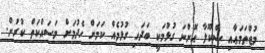
މުޖްތަމަޢާއި ސްކޫލާ އޮންނަ ގުޅުމަކީ ބަދަހި ގުޅުމެއް ކަމަށް ހެދުމަށް މަސައްކަތް ކުރުން.